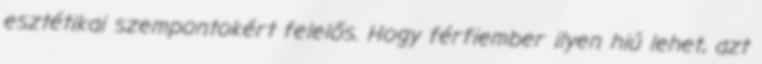
esztétikai szempontokért felelős. Hogy férfiember ilyen hiú lehet, azt